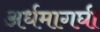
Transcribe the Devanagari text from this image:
अर्धमागघी